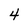
Character: 4